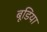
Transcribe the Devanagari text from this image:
बूडिया